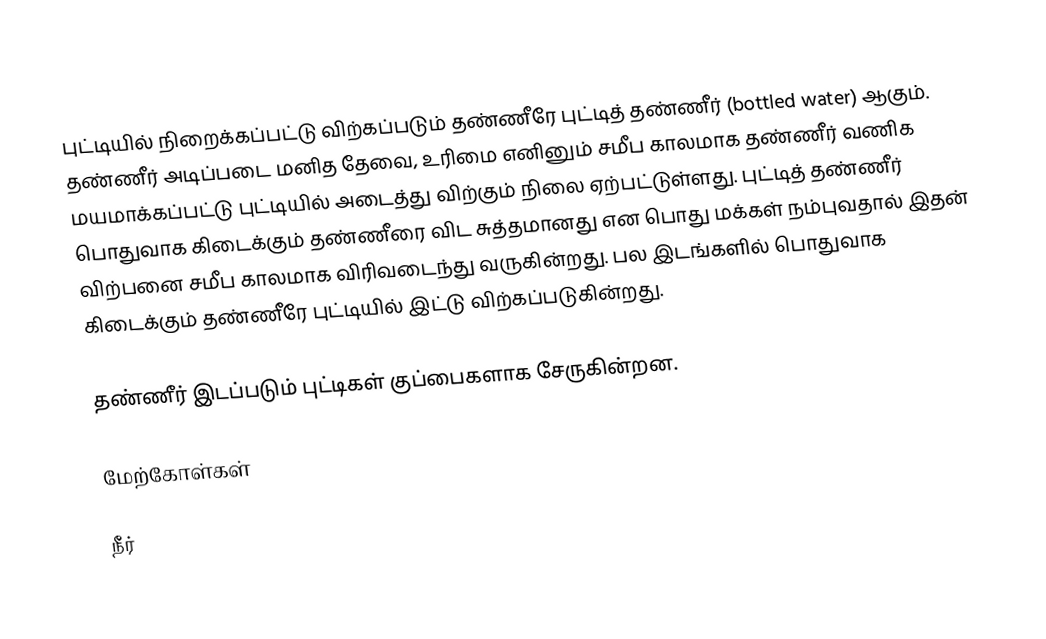
புட்டியில் நிறைக்கப்பட்டு விற்கப்படும் தண்ணீரே புட்டித் தண்ணீர் (bottled water) ஆகும்.  தண்ணீர் அடிப்படை மனித தேவை, உரிமை எனினும் சமீப காலமாக தண்ணீர் வணிக மயமாக்கப்பட்டு புட்டியில் அடைத்து விற்கும் நிலை ஏற்பட்டுள்ளது.  புட்டித் தண்ணீர் பொதுவாக கிடைக்கும் தண்ணீரை விட சுத்தமானது என பொது மக்கள் நம்புவதால் இதன் விற்பனை சமீப காலமாக விரிவடைந்து வருகின்றது.  பல இடங்களில் பொதுவாக கிடைக்கும் தண்ணீரே புட்டியில் இட்டு விற்கப்படுகின்றது.

தண்ணீர் இடப்படும் புட்டிகள் குப்பைகளாக சேருகின்றன.

மேற்கோள்கள்

நீர்